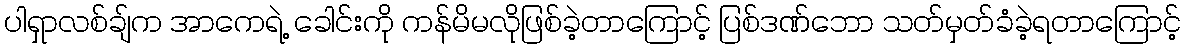
ပါရှာလစ်ချ်က အာကေရဲ့ ခေါင်းကို ကန်မိမလိုဖြစ်ခဲ့တာကြောင့် ပြစ်ဒဏ်ဘော သတ်မှတ်ခံခဲ့ရတာကြောင့်